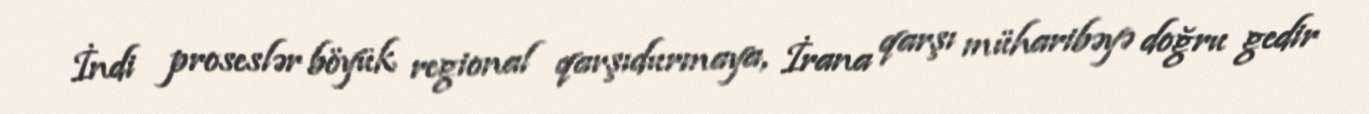
İndi proseslər böyük regional qarşıdurmaya, İrana qarşı müharibəyə doğru gedir